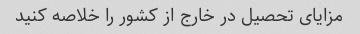
مزایای تحصیل در خارج از کشور را خلاصه کنید